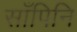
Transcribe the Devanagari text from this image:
साँपिनि